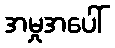
အမှုအပေါ်